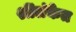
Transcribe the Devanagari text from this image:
श्रींलंकेत